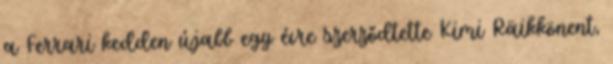
a Ferrari kedden újabb egy évre szerződtette Kimi Räikkönent,